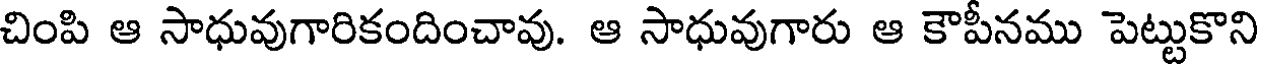
చింపి ఆ సాధువుగారికందించావు. ఆ సాధువుగారు ఆ కౌపీనము పెట్టుకొని